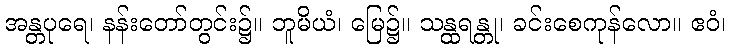
အန္တပုရေ၊ နန်းတော်တွင်း၌။ ဘူမိယံ၊ မြေ၌။ သန္ထရန္တု၊ ခင်းစေကုန်လော။ ဧဝံ၊